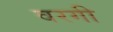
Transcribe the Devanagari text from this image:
वरगी